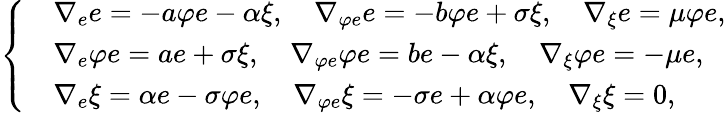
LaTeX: \left\{ \begin{array}{ll}&{\nabla_{e}e=-a\varphi e-\alpha\xi,~~~~\nabla_{\varphi e}e=-b\varphi e+\sigma\xi,~~~~\nabla_{\xi}e=\mu\varphi e,}\\ &{\nabla_{e}\varphi e=ae+\sigma\xi,~~~~\nabla_{\varphi e}\varphi e=be-\alpha\xi,~~~~\nabla_{\xi}\varphi e=-\mu e,}\\ &{\nabla_{e}\xi=\alpha e-\sigma\varphi e,~~~~\nabla_{\varphi e}\xi=-\sigma e+\alpha\varphi e,~~~~\nabla_{\xi}\xi=0,}\end{array}\right.